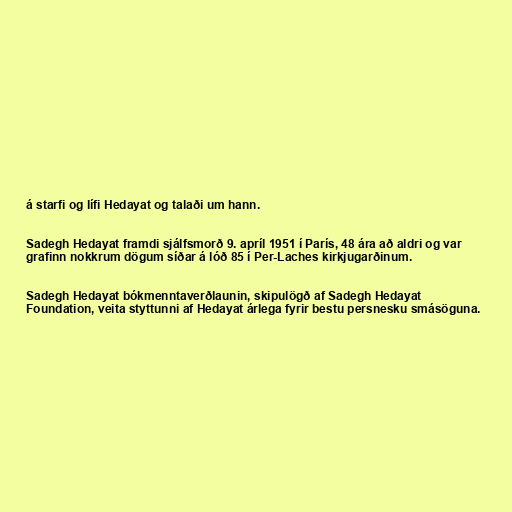
á starfi og lífi Hedayat og talaði um hann.

Sadegh Hedayat framdi sjálfsmorð 9. apríl 1951 í París, 48 ára að aldri og var
grafinn nokkrum dögum síðar á lóð 85 í Per-Laches kirkjugarðinum.

Sadegh Hedayat bókmenntaverðlaunin, skipulögð af Sadegh Hedayat
Foundation, veita styttunni af Hedayat árlega fyrir bestu persnesku smásöguna.